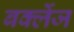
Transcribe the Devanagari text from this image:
बर्क्लेज